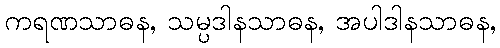
ကရဏသာဓန, သမ္ပဒါနသာဓန, အပါဒါနသာဓန,